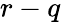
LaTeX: r-q